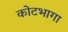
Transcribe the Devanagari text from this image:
कोटभागा